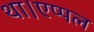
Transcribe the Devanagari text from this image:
था।एप्पल